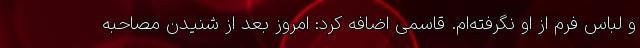
و لباس فرم از او نگرفته‌ام. قاسمی اضافه کرد: امروز بعد از شنیدن مصاحبه